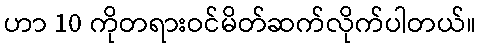
ဟာ 10 ကိုတရားဝင်မိတ်ဆက်လိုက်ပါတယ်။